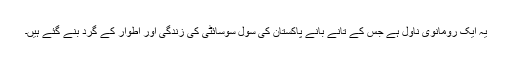
یہ ایک رومانوی ناول ہے جس کے تانے بانے پاکستان کی سول سوسائٹی کی زندگی اور اطوار کے گرد بنے گئے ہیں۔